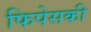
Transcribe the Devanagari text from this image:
फिपेसकी